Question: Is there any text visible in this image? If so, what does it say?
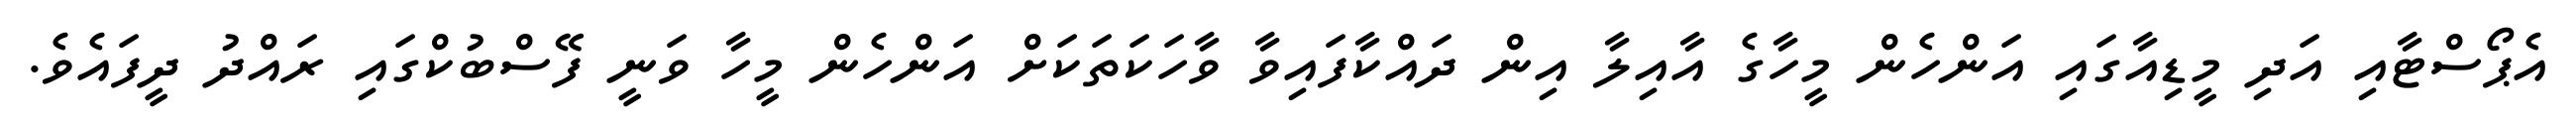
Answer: އެޕޯސްޓާއި އަދި މީޑިއާގައި އަންހެން މީހާގެ އާއިލާ އިން ދައްކާފައިވާ ވާހަކަތަކަށް އަންހެން މީހާ ވަނީ ފޭސްބުކްގައި ރައްދު ދީފައެވެ.